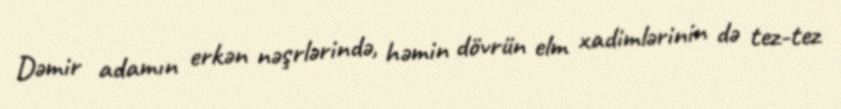
Dəmir adamın erkən nəşrlərində, həmin dövrün elm xadimlərinin də tez-tez